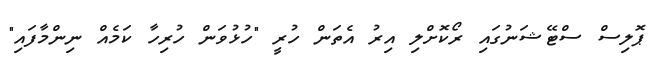
ޕޮލިސް ސްޓޭޝަނުގައި ރޯކޮށްލި އިރު އެތަން ހުރީ "ހުޅުވަން ހުރިހާ ކަމެއް ނިންމާފައި"